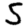
Digit: 5